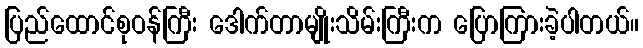
ပြည်ထောင်စုဝန်ကြီး ဒေါက်တာမျိုးသိမ်းကြီးက ပြောကြားခဲ့ပါတယ်။